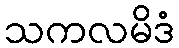
သကလမိဒံ